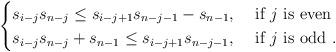
LaTeX: \begin{align*}\begin{cases}s_{i-j}s_{n-j}\leq s_{i-j+1}s_{n-j-1}-s_{n-1}, & \mbox{ if } j \mbox{ is even }\\s_{i-j}s_{n-j} +s_{n-1}\leq s_{i-j+1}s_{n-j-1}, & \mbox{ if } j \mbox{ is odd }.\\ \end{cases}\end{align*}